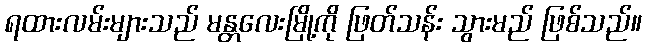
ရထားလမ်းများသည် မန္တလေးမြို့ကို ဖြတ်သန်း သွားမည် ဖြစ်သည်။